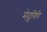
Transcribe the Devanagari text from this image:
मेदुगिरि